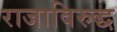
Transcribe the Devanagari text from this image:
राजाविरुद्ध